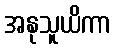
အနုသူယိကာ